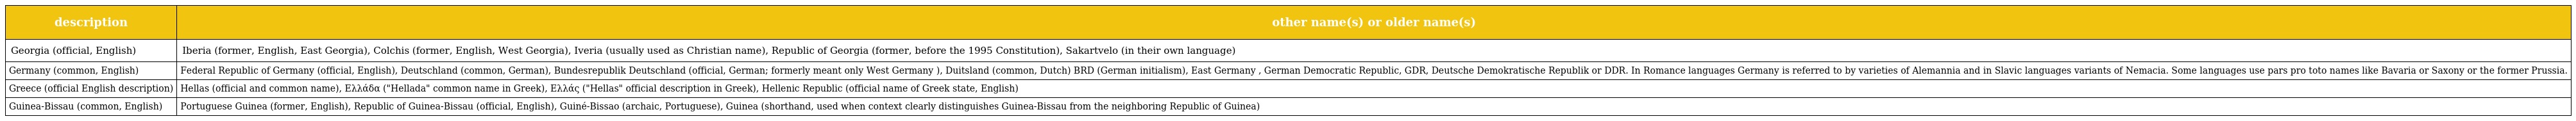
| description | other name(s) or older name(s) |
 | --- | --- |
 | Georgia (official, English) | Iberia (former, English, East Georgia), Colchis (former, English, West Georgia), Iveria (usually used as Christian name), Republic of Georgia (former, before the 1995 Constitution), Sakartvelo (in their own language) |
 | Germany (common, English) | Federal Republic of Germany (official, English), Deutschland (common, German), Bundesrepublik Deutschland (official, German; formerly meant only West Germany ), Duitsland (common, Dutch) BRD (German initialism), East Germany , German Democratic Republic, GDR, Deutsche Demokratische Republik or DDR. In Romance languages Germany is referred to by varieties of Alemannia and in Slavic languages variants of Nemacia. Some languages use pars pro toto names like Bavaria or Saxony or the former Prussia. |
 | Greece (official English description) | Hellas (official and common name), Ελλάδα ("Hellada" common name in Greek), Ελλάς ("Hellas" official description in Greek), Hellenic Republic (official name of Greek state, English) |
 | Guinea-Bissau (common, English) | Portuguese Guinea (former, English), Republic of Guinea-Bissau (official, English), Guiné-Bissao (archaic, Portuguese), Guinea (shorthand, used when context clearly distinguishes Guinea-Bissau from the neighboring Republic of Guinea) |